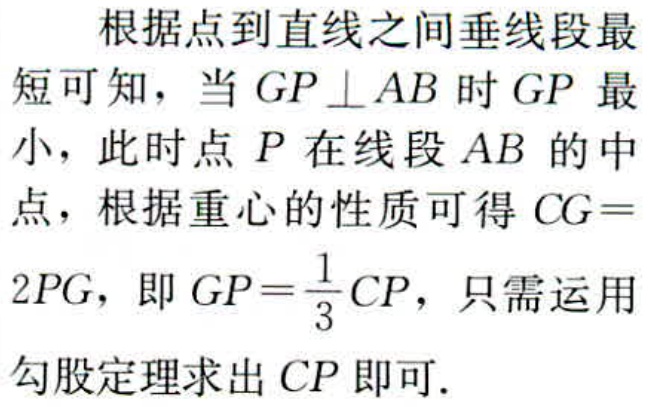
根据点到直线之间垂线段最短可知，当 \(GP \perp AB\) 时 \(GP\) 最小，此时点 \(P\) 在线段 \(AB\) 的中点，根据重心的性质可得 \(CG = 2PG\)，即 \(GP=\frac{1}{3}CP\)，只需运用勾股定理求出 \(CP\) 即可.